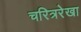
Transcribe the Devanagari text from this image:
चरित्ररेखा